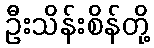
ဦးသိန်းစိန်တို့